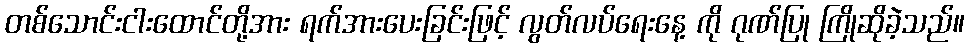
တစ်သောင်းငါးထောင်တို့အား ရက်အားပေးခြင်းဖြင့် လွတ်လပ်ရေးနေ့ ကို ဂုဏ်ပြု ကြိုဆိုခဲ့သည်။